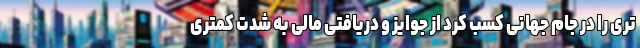
تری را در جام جهانی کسب کرد از جوایز و دریافتی مالی به شدت کمتری